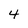
Character: 4